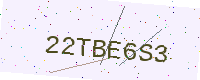
Text: 22TBE6S3